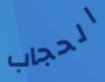
الحجاب